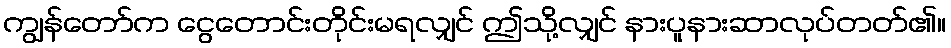
ကျွန်တော်က ငွေတောင်းတိုင်းမရလျှင် ဤသို့လျှင် နားပူနားဆာလုပ်တတ်၏။